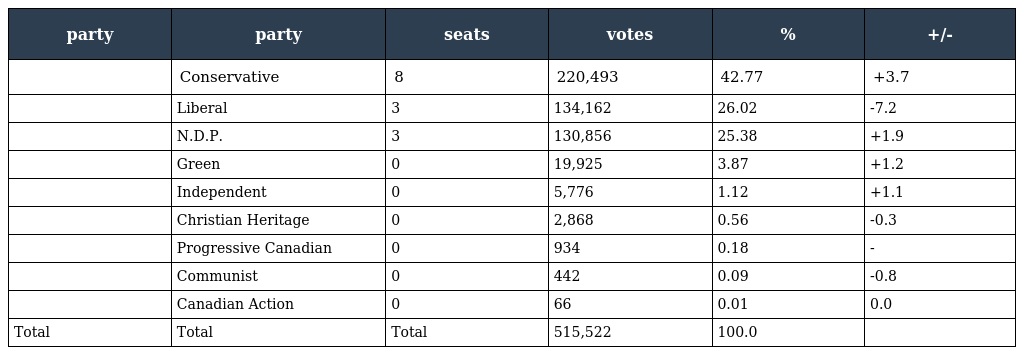
| party | party | seats | votes | % | +/- |
 | --- | --- | --- | --- | --- | --- |
 |  | Conservative | 8 | 220,493 | 42.77 | +3.7 |
 |  | Liberal | 3 | 134,162 | 26.02 | -7.2 |
 |  | N.D.P. | 3 | 130,856 | 25.38 | +1.9 |
 |  | Green | 0 | 19,925 | 3.87 | +1.2 |
 |  | Independent | 0 | 5,776 | 1.12 | +1.1 |
 |  | Christian Heritage | 0 | 2,868 | 0.56 | -0.3 |
 |  | Progressive Canadian | 0 | 934 | 0.18 | - |
 |  | Communist | 0 | 442 | 0.09 | -0.8 |
 |  | Canadian Action | 0 | 66 | 0.01 | 0.0 |
 | Total | Total | Total | 515,522 | 100.0 |  |